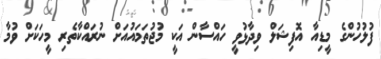
ފުލުހުންގެ މީޑިއާ އޮފިޝަލް ވިދާޅުވީ ހައްސާން އަކީ މުޖުތަމައުއަށް ނުރައްކާތެރި މީހަކަށް ވުމާ